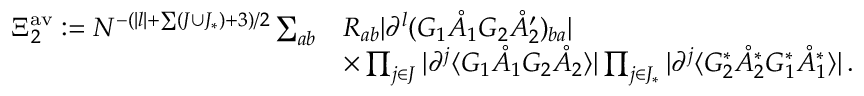
\begin{array} { r l } { \Xi _ { 2 } ^ { \mathrm { a v } } : = N ^ { - ( | \boldsymbol { l } | + \sum ( J \cup J _ { * } ) + 3 ) / 2 } \sum _ { a b } } & { R _ { a b } | \partial ^ { \boldsymbol { l } } ( G _ { 1 } \mathring { A } _ { 1 } G _ { 2 } \mathring { A } _ { 2 } ^ { \prime } ) _ { b a } | } \\ & { \times \prod _ { \boldsymbol { j } \in J } | \partial ^ { \boldsymbol { j } } \langle G _ { 1 } \mathring { A } _ { 1 } G _ { 2 } \mathring { A } _ { 2 } \rangle | \prod _ { \boldsymbol { j } \in J _ { * } } | \partial ^ { \boldsymbol { j } } \langle G _ { 2 } ^ { * } \mathring { A } _ { 2 } ^ { * } G _ { 1 } ^ { * } \mathring { A } _ { 1 } ^ { * } \rangle | \, . } \end{array}